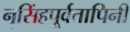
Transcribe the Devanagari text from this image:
नृसिंहपूर्वतापिनी